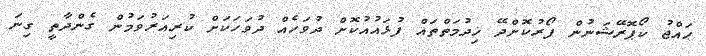
ޙައްޖު ކޯޕޮރޭޝަނުން ފޯރުކޮށްދޭ ޚިދުމަތްތައް ފުޅައުއުކޮށް ދުވަހެއް ދުވަހަކަށް ކުރިއަރުވަމުން ގެންދާތީ ގިނަ